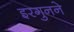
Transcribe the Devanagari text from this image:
इरगुनने